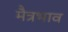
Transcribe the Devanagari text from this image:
मैत्रभाव